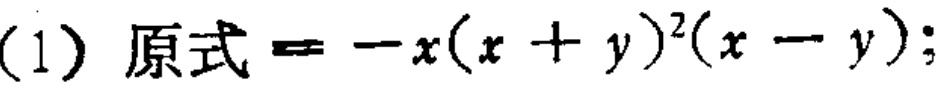
(1) 原式$=-x(x + y)^{2}(x - y)$;